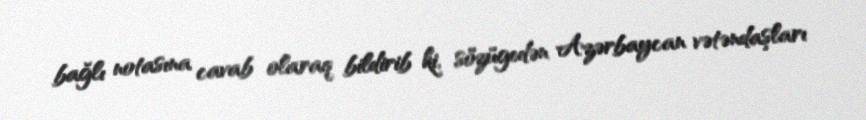
bağlı notasına cavab olaraq bildirib ki, sözügedən Azərbaycan vətəndaşları